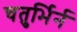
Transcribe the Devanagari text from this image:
चतुर्भिर्न